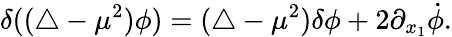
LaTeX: \delta((\triangle-\mu^{2})\phi)=(\triangle-\mu^{2})\delta\phi+2\partial_{x_{1}}\dot{\phi}.